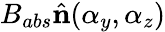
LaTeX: B_{abs}\hat{\mathbf{n}}(\alpha_{y},\alpha_{z})